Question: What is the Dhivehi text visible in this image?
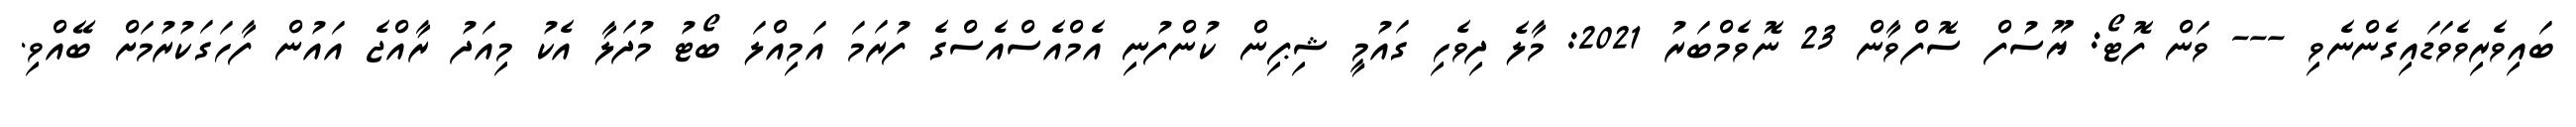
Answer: ބައިވެރިވެވަޑައިގެންނެވި --- ވަން ފޮޓޯ: ޔޫސުފް ސޮފްވާން 23 ނޮވެމްބަރު 2021: މާލެ ދިވެހި ގައުމީ ޝިޕިން ކުންފުނި އެމްއެސްއެސްގެ ފުރަމަ އަމިއްލަ ބޯޓު މުދަލާ އެކު މިއަދު ރާއްޖެ އައުން ފާހަގަކުރުމަށް ބޭއްވި.